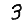
Digit: 3